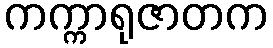
ကက္ကာရုဇာတက